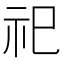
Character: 祀